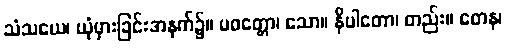
သံသယေ၊ ယုံမှားခြင်းအနက်၌။ ပဝတ္တော၊ သော။ နိပါတော၊ တည်း။ တေန၊